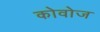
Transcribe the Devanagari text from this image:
कोवोज